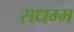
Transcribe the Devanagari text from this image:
सधम्म